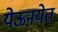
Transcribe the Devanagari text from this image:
येऊनयेत